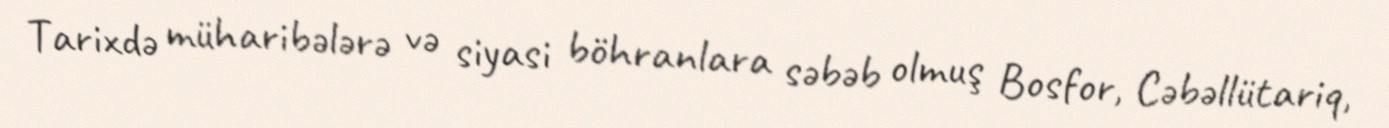
Tarixdə müharibələrə və siyasi böhranlara səbəb olmuş Bosfor, Cəbəllütariq,